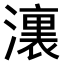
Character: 𣿞